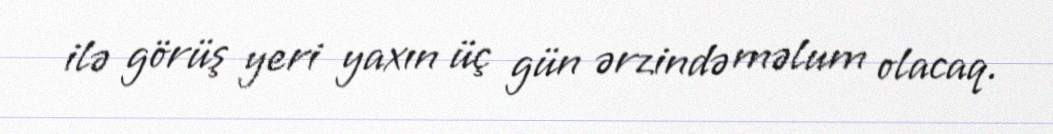
ilə görüş yeri yaxın üç gün ərzində məlum olacaq.